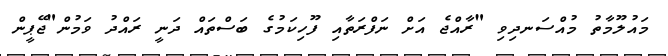
މައުލޫމާތު މުއްސަނދިވި "ރާއްޖެ އަށް ނަފްރަތާއި ފޫހިކަމުގެ ބަސްތައް ދަނީ ރައްދު ވަމުން"ޖޭޕީން